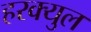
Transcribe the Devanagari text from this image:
हरक्युल